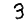
Digit: 3